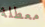
معطلة